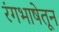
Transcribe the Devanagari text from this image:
रंगभाषेतून